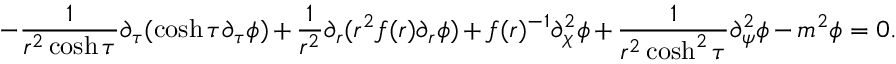
- \frac { 1 } { r ^ { 2 } \cosh \tau } \partial _ { \tau } ( \cosh \tau \partial _ { \tau } \phi ) + \frac { 1 } { r ^ { 2 } } \partial _ { r } ( r ^ { 2 } f ( r ) \partial _ { r } \phi ) + f ( r ) ^ { - 1 } \partial _ { \chi } ^ { 2 } \phi + \frac { 1 } { r ^ { 2 } \cosh ^ { 2 } \tau } \partial _ { \psi } ^ { 2 } \phi - m ^ { 2 } \phi = 0 .